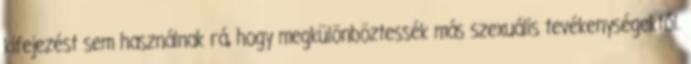
kifejezést sem használnak rá, hogy megkülönböztessék más szexuális tevékenységektől.